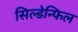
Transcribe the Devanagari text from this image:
सिल्डेन्फिल